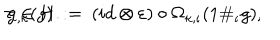
\tau _ { \iota , \kappa } ( g ) \: : = \: ( i d \otimes \varepsilon ) \circ \Omega _ { \kappa , \iota } ( 1 \# _ { \iota } g ) , \hspace { 0 . 7 c m } g \in H .